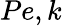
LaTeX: Pe,k